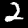
Digit: 2